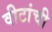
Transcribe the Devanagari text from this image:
वीटांची